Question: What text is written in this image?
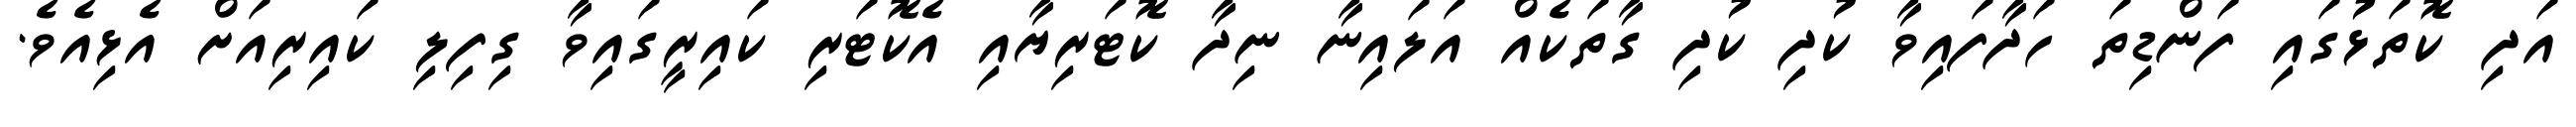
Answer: އަދި ކޮތަޅުގައި ފަންޑިތަ ހަދާފައިވާ ކުދި ކުދި ގާތަކެއް އަލައިނާ ނިދާ ކޮޓަރިޔާއި އެކޮޓަރި ކައިރީގައިވާ ގިފިލި ކައިރިއަށް އެޅިއެވެ.